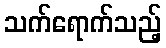
သက်ရောက်သည့်